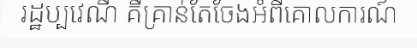
រដ្ឋប្បវេណី គឺគ្រាន់តែចែងអំពីគោលការណ៍